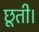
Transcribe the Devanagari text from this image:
छूती।